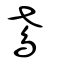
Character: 鳶